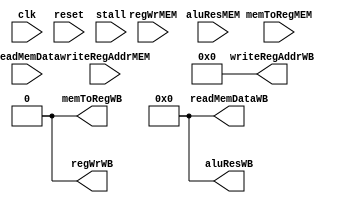
`timescale 1ns / 1ps
//////////////////////////////////////////////////////////////////////////////////
// Company: 
// Engineer: 
// 
// Design Name: 
// Module Name: MEM_WB
// Project Name: 
// Target Devices: 
// Tool Versions: 
// Description: 
// 
// Dependencies: 
// 
// Revision:
// Revision 0.01 - File Created
// Additional Comments:
// 
//////////////////////////////////////////////////////////////////////////////////


module MEM_WB(
    input clk,
    input reset,
    input stall,
    input memToRegMEM,
    input regWrMEM,
    input [31:0] readMemData,
    input [31:0] aluResMEM,
    input [4:0] writeRegAddrMEM,
    output reg memToRegWB,
    output reg regWrWB,
    output reg [31:0] readMemDataWB,
    output reg [31:0] aluResWB,
    output reg [4:0] writeRegAddrWB
    );
    
    initial 
    begin
        memToRegWB<=0;
        regWrWB<=0;
        readMemDataWB<=0;
        aluResWB<=0;
        writeRegAddrWB<=0;
    end
    
    always @ (posedge clk)
    begin
        memToRegWB<=memToRegMEM;
        regWrWB<=regWrMEM;
        readMemDataWB<=readMemData;
        aluResWB<=aluResMEM;
        writeRegAddrWB<=writeRegAddrMEM;
    end
    
    always @ (reset or stall)
    begin
        if(reset==0 || stall==1)
        begin
            memToRegWB<=0;
            regWrWB<=0;
            readMemDataWB<=0;
            aluResWB<=0;
            writeRegAddrWB<=0;
        end
    end
    
endmodule